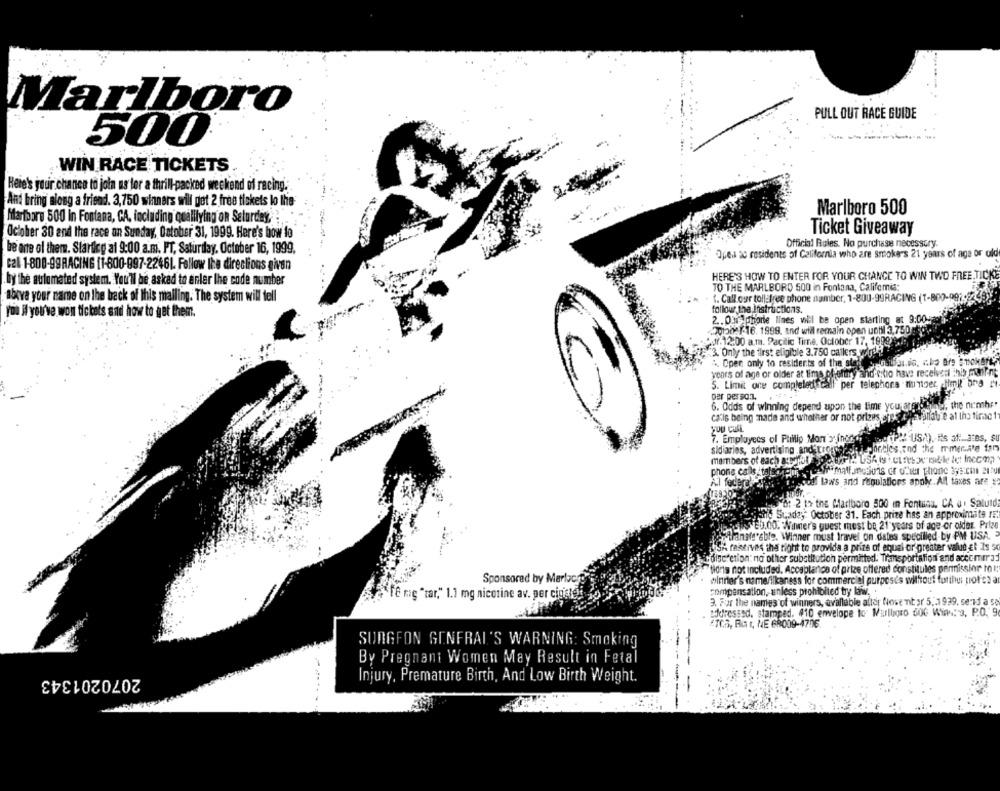
Marlboro
PULL OUT RACE GUIDE
. ..
500
WIN RACE TICKETS
Here's your chance to join us for a thrill-packed weekend of racing.
And bring along a friend. 3,750 winners will get 2 free tickets lo the
Marlboro 500
Mifartbars 500 in Fontana, CA. including qualilying on Saturday, :.
October 30 and the race on Sunday, October 31, 1999. Here's bow to
Ticket Giveaway
Official Rules. No purchase necessary.
be one of them. Starticg al 9:00 a.m. PT, Saturday, October 16, 1999,
Oper ac residents of California who are smokers 21 years of age or old
cal 1-800-99RACING [1-800-997-22461. Follow the directions given
HERE'S HOW TO ENTER FOR YOUR CHANCE TO WIN TWO FREE.TICKE
. by the automated system. You'll be asked to enler the code number
TO THE MARLBORD 500 in Fontana, Califomia:
above your name on the back of this malling. The system will tell
1. Call our toll free phone number, 1-800-99RACING (1-809-09
follow the Instructions.
you # you've won tickets and how to get them.
2 .. Ouiphorle lines will be open starting at 9:00ve
:201002/-16.1999. and will remain open until 3,750g
*Jf. 12:00 a.m. Pacific Time, October 17, 1999)
"3. Only the first eligible 3.750 callers wirdli
", Oper only to residents of the ster
years of age or older at time of ofary and oto have received this mnfint
5. Limit one completedscall per telephone number Hmkl and rt
per person.
6. Odds of winning depend upon the time you atglobala, the nimhp"
calls being made and whether or not prizes ares chavalfab'e al Ino time 1
Sou CUAL
7. Employees of Phillip Mon > fnodor
sidiaries, advertising and;trompe.
spontles,and the mmena's fan
members of each asomdal
phone calls ital
Al feder
soll laws and regulations apply. All taxes are
No: 2 1> ths Marlboro 500 in Fontana. CA J. Salutd
Ogche Stade' October 31. Each prize has an approximate ret
SVED.00. Winner's guest mest be 21 years of age or older Prize
thanks'sble. Winner must travel on dates specilled by PM USA.
Sh faatives the tight to provide a prize of equal or greater value et Is $
"discretion: na other substitution permitted. Transportation and accomrrad
lion's not included, Acceptance of prize offered constitules permission to :
Sponsored by Marlacs
winter's name/likeness for commercial purposes without further profes ar
compensation, unless prohibited bry laww.
afe mig "tar," 1.1 mg nicotine av. per cigale
3. For the names of winners, avallable after Nowe nit or 5 ,. 7 939. send a se
:dressed. stamped. 410 envelope to Muurlugro 500 Winn. 9, P.O. 9
ETCS, Bir, NE 68009-4706
SURGEON GENERAL'S WARNING: Smoking
By Pregnant Women May Result in Fetal
2070201343
Injury, Premature Birth, And Low Birth Weight.